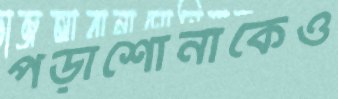
পড়াশোনাকেও